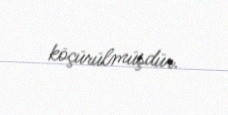
köçürülmüşdür.